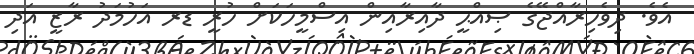
އެވެ. ދިވެހިރާއްޖޭގެ ޞިއްޙީ ދާއިރާއިން އިސްމީހަކަށް ހުރީ ޑރ އަހުމަދު ރާޒީ އަދި